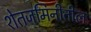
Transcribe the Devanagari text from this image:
शेतजमिनीतील